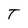
Character: T